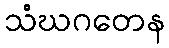
သံဃဂတေန